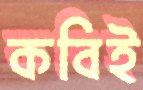
কবিই